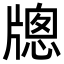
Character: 牕